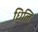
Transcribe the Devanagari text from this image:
धिलि